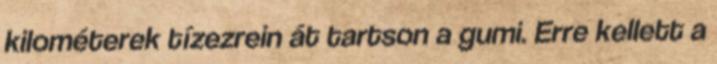
kilométerek tízezrein át tartson a gumi. Erre kellett a